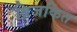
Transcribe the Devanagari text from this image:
बिजकित